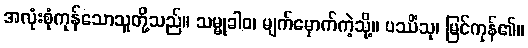
အလုံးစုံကုန်သောသူတို့သည်။ သမ္မုခါဝ၊ မျက်မှောက်ကဲ့သို့။ ပဿိံသု၊ မြင်ကုန်၏။